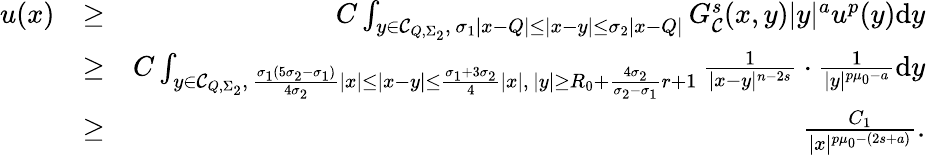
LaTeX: \begin{array}{rlr}{u(x)}&{\geq}&{C\int_{y\in\mathcal C_{Q,\Sigma_{2}},\, \sigma_{1}|x-Q|\leq|x-y|\leq\sigma_{2}|x-Q|}G_{\mathcal{C}}^{s}(x,y)|y|^{a}u^{p}(y)\mathrm{d}y}\\ &{\geq}&{C\int_{y\in\mathcal C_{Q,\Sigma_{2}},\, \frac{\sigma_{1}(5\sigma_{2}-\sigma_{1})}{4\sigma_{2}}|x|\leq|x-y|\leq\frac{\sigma_{1}+3\sigma_{2}}{4}|x|,\, |y|\geq R_{0}+\frac{4\sigma_{2}}{\sigma_{2}-\sigma_{1}}r+1}\frac{1}{|x-y|^{n-2s}}\cdot\frac{1}{|y|^{p\mu_{0}-a}}\mathrm{d}y}\\ &{\geq}&{\frac{C_{1}}{|x|^{p\mu_{0}-(2s+a)}}.}\end{array}